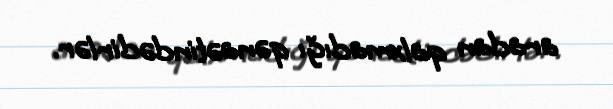
aradan qalxmadığı qənaətindədirlər.